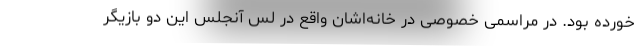
خورده بود. در مراسمی خصوصی در خانه‌اشان واقع در لس آنجلس این دو بازیگر